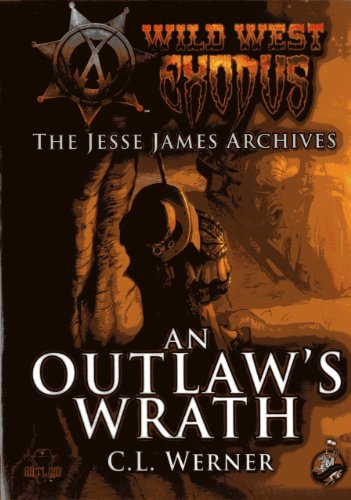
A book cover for Wild West Exodus: An Outlaw's Wrath (Wild West Exodus: The Jessie James Archives); Clint Werner; Romance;